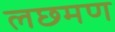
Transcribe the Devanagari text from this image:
लछमण